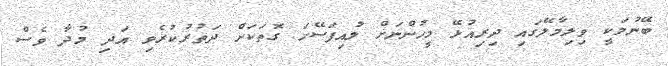
ބޭނުމަކީ ވިލިމާލޭގައި ދިރިއުޅޭ މީހުންނަށް ލުއިފަސޭހަ ގޮތަކަށް ދަތުރުކުރެވި އަދި މުދާ ވެސް